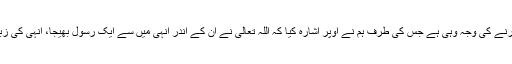
مشرکین عرب کے ساتھ خاص معاملہ کی وجہ: مشرکین عرب کے ساتھ یہ خاص معاملہ کرنے کی وجہ وہی ہے جس کی طرف ہم نے اوپر اشارہ کیا کہ اللہ تعالیٰ نے ان کے اندر انہی میں سے ایک رسول بھیجا، انہی کی زبان میں ان پر اپنی کتاب اتاری، اسی ملت کی ان کو دعوت دی گئی جس کے وہ مدعی تھے۔